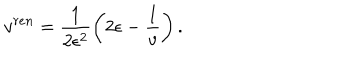
LaTeX: v ^ { r e n } = \frac { 1 } { 2 \epsilon ^ { 2 } } \left( 2 \epsilon - \frac { 1 } { v } \right) .